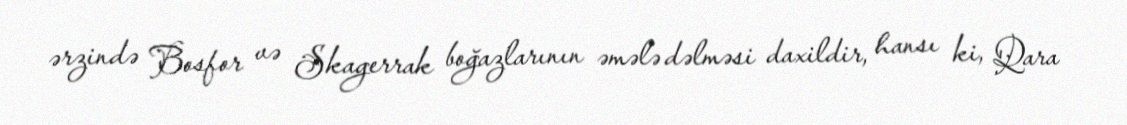
ərzində Bosfor və Skagerrak boğazlarının əmələ dəlməsi daxildir, hansı ki, Qara